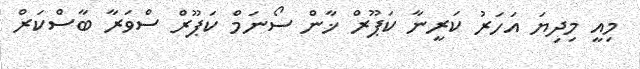
މިއީ މިދިޔަ އަހަރު ކަރީނާ ކަޕޫރް ޚާން ސޯނަމް ކަޕޫރް ސްވަރާ ބާސްކަރް